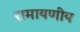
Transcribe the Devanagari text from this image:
रामायणीय